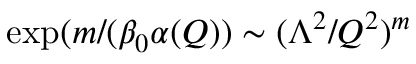
\exp ( m / ( \beta _ { 0 } \alpha ( Q ) ) \sim ( \Lambda ^ { 2 } / Q ^ { 2 } ) ^ { m }